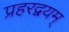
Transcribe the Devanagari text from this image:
प्रहरद्वयम्